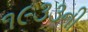
૧૯૩૩ની